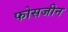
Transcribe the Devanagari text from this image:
फोसजीन